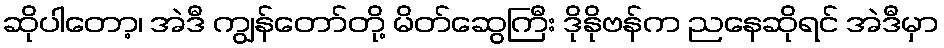
ဆိုပါတော့၊ အဲဒီ ကျွန်တော်တို့ မိတ်ဆွေကြီး ဒိုနိုဗန်က ညနေဆိုရင် အဲဒီမှာ